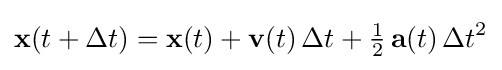
\mathbf {x} (t+\Delta t)=\mathbf {x} (t)+\mathbf {v} (t)\,\Delta t+{\tfrac {1}{2}}\,\mathbf {a} (t)\,\Delta t^{2}